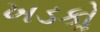
ખડકોૢ